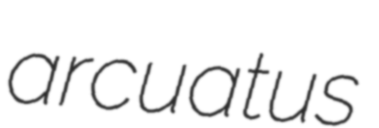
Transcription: arcuatus